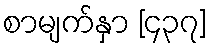
စာမျက်နှာ [၄၃၇]